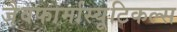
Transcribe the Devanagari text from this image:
जैवफार्मास्यूटिकल्स